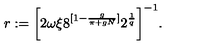
r : = \bigg [ 2 \omega \xi 8 ^ { [ 1 - \frac { g } { \pi + g N } ] } 2 ^ { \frac { 1 } { q } } \bigg ] ^ { - 1 } .